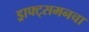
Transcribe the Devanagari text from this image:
ड्राफ्ट्‌समनचा